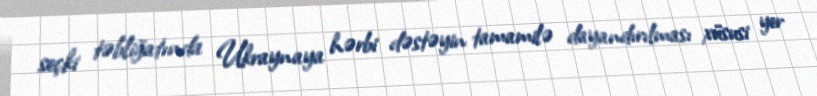
seçki təbliğatında Ukraynaya hərbi dəstəyin tamamilə dayandırılması xüsusi yer